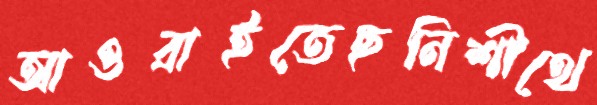
আওরাইতেছনিশীথে